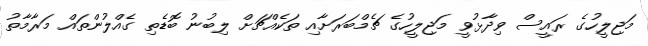
މަޖިލީހުގެ ރައީސް ވިދާޅުވީ މަޖިލީހުގެ ޗެމްބަރަށާއި ތަކެއްޗަށް ލިބުނު ބޮޑެތި ގެއްލުންތައް މަރާމާތު